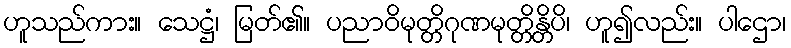
ဟူသည်ကား။ သေဋ္ဌံ၊ မြတ်၏။ ပညာဝိမုတ္တိဂုဏမုတ္တိန္တိပိ၊ ဟူ၍လည်း။ ပါဌော၊